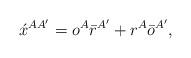
LaTeX: \begin{align*}\acute{x}^{AA'}= o^A\bar{r}^{A'}+r^A\bar{o}^{A'},\end{align*}